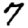
Digit: 7